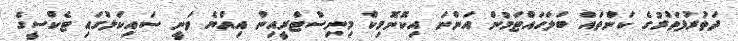
ދަތުރުފަތުރުގެ ކަންތައް ބަލަހައްޓަމުން އަންނަ އިކޮނޮމިކް މިނިސްޓްރީއިން އިއްޔެ ވަނީ ސައިކަލުގައި ޓެކްސީގެ